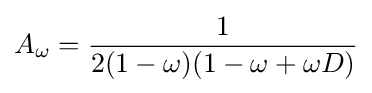
A_{\omega }={\frac {1}{2(1-\omega )(1-\omega +\omega D)}}